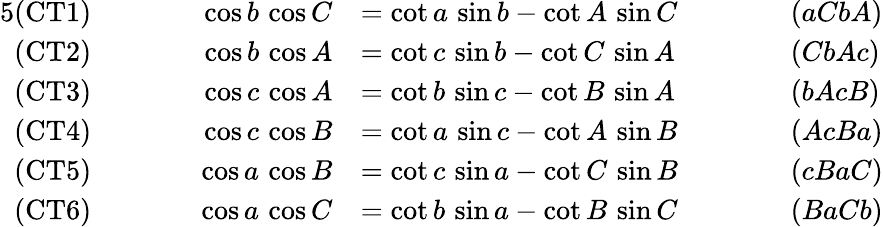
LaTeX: {\begin{array}{rlrlrl}{{5}{\mathrm{(CT1)}}}&{}&{\qquad\cos b\, \cos C}&{=\cot a\, \sin b-\cot A\, \sin C\qquad}&&{(aCbA)}\\ {{\mathrm{(CT2)}}}&{}&{\cos b\, \cos A}&{=\cot c\, \sin b-\cot C\, \sin A}&&{(CbAc)}\\ {{\mathrm{(CT3)}}}&{}&{\cos c\, \cos A}&{=\cot b\, \sin c-\cot B\, \sin A}&&{(bAcB)}\\ {{\mathrm{(CT4)}}}&{}&{\cos c\, \cos B}&{=\cot a\, \sin c-\cot A\, \sin B}&&{(AcBa)}\\ {{\mathrm{(CT5)}}}&{}&{\cos a\, \cos B}&{=\cot c\, \sin a-\cot C\, \sin B}&&{(cBaC)}\\ {{\mathrm{(CT6)}}}&{}&{\cos a\, \cos C}&{=\cot b\, \sin a-\cot B\, \sin C}&&{(BaCb)}\end{array}}